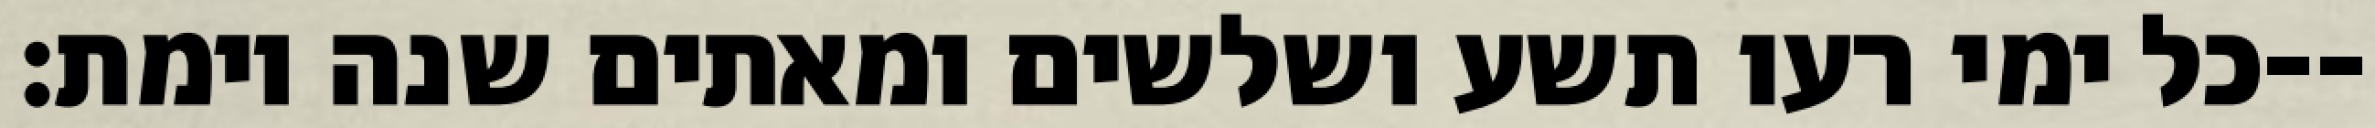
כל ימי רעו תשע ושלשים ומאתים שנה וימת׃--